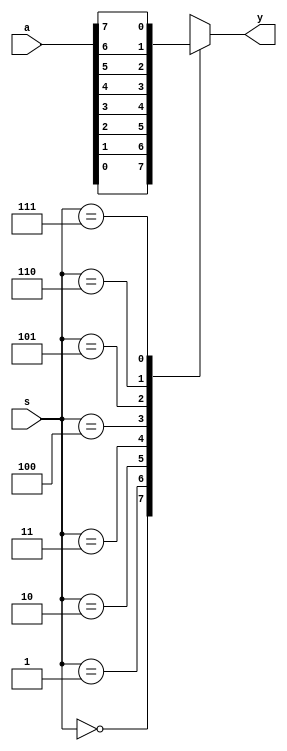
`timescale 1ns / 1ps
//////////////////////////////////////////////////////////////////////////////////
// Company: 
// Engineer: 
// 
// Design Name: 
// Module Name: mux_8x1
// Project Name: 
// Target Devices: 
// Tool Versions: 
// Description: 
// 
// Dependencies: 
// 
// Revision:
// Revision 0.01 - File Created
// Additional Comments:
// 
//////////////////////////////////////////////////////////////////////////////////


module mux_8x1(
    input [7:0] a,
    input [2:0] s,
    output reg y
    );
    always@(*)
    begin
    case(s)
    3'b000: y=a[0];
    3'b001: y=a[1];
    3'b010: y=a[2];
    3'b011: y=a[3];
    3'b100: y=a[4];
    3'b101: y=a[5];
    3'b110: y=a[6];
    3'b111: y=a[7];
         
    endcase
    end
    
endmodule